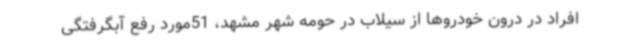
افراد در درون خودروها از سیلاب در حومه شهر مشهد، 51مورد رفع آبگرفتگی